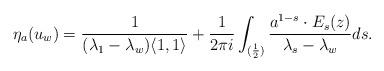
LaTeX: \begin{align*}\eta_a(u_w) = \frac{1}{(\lambda_1 - \lambda_w)\langle 1,1\rangle} + \frac{1}{2\pi i}\int_{(\frac{1}{2})} \frac{a^{1-s}\cdot E_s(z)}{\lambda_s-\lambda_w} ds. \end{align*}